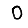
Digit: 0